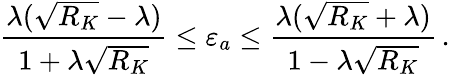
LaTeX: \frac{\lambda(\sqrt{R_{K}}-\lambda)}{1+\lambda\sqrt{R_{K}}}\le\varepsilon_{a}\le\frac{\lambda(\sqrt{R_{K}}+\lambda)}{1-\lambda\sqrt{R_{K}}}\, .